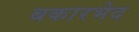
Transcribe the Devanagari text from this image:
बकारभेद